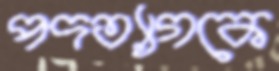
পদত্যাগকে